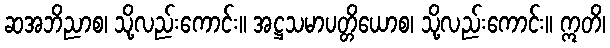
ဆအဘိညာစ၊ သို့လည်းကောင်း။ အဋ္ဌသမာပတ္တိယောစ၊ သို့လည်းကောင်း။ ဣတိ၊